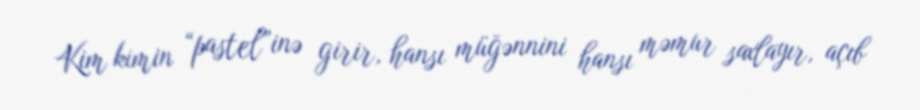
Kim kimin “pastel”inə girir, hansı müğənnini hansı məmur saxlayır, açıb